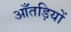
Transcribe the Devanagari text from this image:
आँतड़ियों